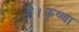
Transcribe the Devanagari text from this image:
है।कृष्णा